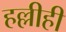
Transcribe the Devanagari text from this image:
हल्लीही